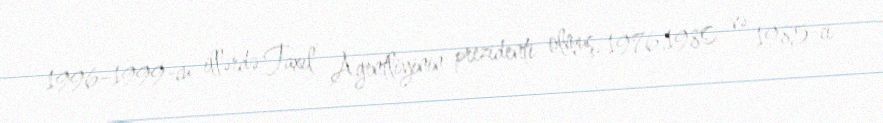
1996–1999-cu illərdə Taxıl Agentliyinin prezidenti olmuş, 1976,1980 və 1985-ci